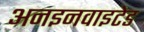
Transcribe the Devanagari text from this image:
अनइनवाइटेड